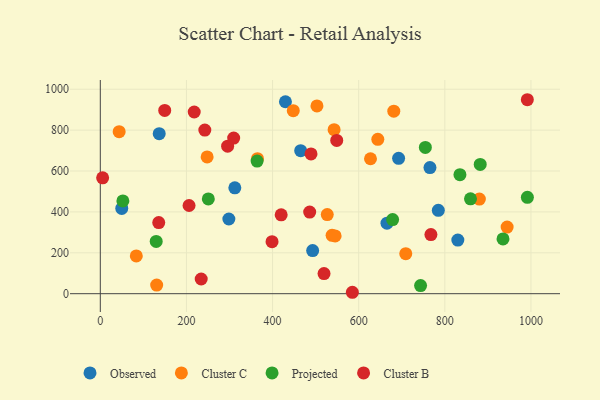
{"axis": {"x": "Ad Spend", "y": "Profit"}, "legend": ["Cluster B", "Cluster C", "Observed", "Projected"], "data": [{"x": "692.7", "y": 662.2, "type": "Observed"}, {"x": "465.3", "y": 699.3, "type": "Observed"}, {"x": "830.2", "y": 262.1, "type": "Observed"}, {"x": "312.4", "y": 517.9, "type": "Observed"}, {"x": "298.5", "y": 365.3, "type": "Observed"}, {"x": "49.8", "y": 417.0, "type": "Observed"}, {"x": "429.9", "y": 938.8, "type": "Observed"}, {"x": "136.8", "y": 782.7, "type": "Observed"}, {"x": "765.5", "y": 616.6, "type": "Observed"}, {"x": "784.9", "y": 407.9, "type": "Observed"}, {"x": "665.7", "y": 344.9, "type": "Observed"}, {"x": "493.1", "y": 210.9, "type": "Observed"}, {"x": "681.5", "y": 892.7, "type": "Cluster C"}, {"x": "527.0", "y": 386.8, "type": "Cluster C"}, {"x": "83.6", "y": 184.8, "type": "Cluster C"}, {"x": "644.4", "y": 755.0, "type": "Cluster C"}, {"x": "538.2", "y": 285.3, "type": "Cluster C"}, {"x": "43.8", "y": 792.3, "type": "Cluster C"}, {"x": "542.9", "y": 802.0, "type": "Cluster C"}, {"x": "545.3", "y": 282.4, "type": "Cluster C"}, {"x": "130.9", "y": 42.0, "type": "Cluster C"}, {"x": "503.1", "y": 918.4, "type": "Cluster C"}, {"x": "709.3", "y": 195.5, "type": "Cluster C"}, {"x": "880.2", "y": 463.0, "type": "Cluster C"}, {"x": "944.7", "y": 325.7, "type": "Cluster C"}, {"x": "448.1", "y": 895.1, "type": "Cluster C"}, {"x": "627.4", "y": 660.0, "type": "Cluster C"}, {"x": "248.1", "y": 668.7, "type": "Cluster C"}, {"x": "365.0", "y": 660.3, "type": "Cluster C"}, {"x": "935.1", "y": 267.9, "type": "Projected"}, {"x": "859.6", "y": 464.0, "type": "Projected"}, {"x": "678.8", "y": 362.4, "type": "Projected"}, {"x": "129.8", "y": 255.8, "type": "Projected"}, {"x": "743.7", "y": 39.6, "type": "Projected"}, {"x": "364.1", "y": 648.6, "type": "Projected"}, {"x": "991.7", "y": 471.1, "type": "Projected"}, {"x": "52.4", "y": 453.8, "type": "Projected"}, {"x": "754.8", "y": 715.2, "type": "Projected"}, {"x": "250.8", "y": 463.3, "type": "Projected"}, {"x": "835.1", "y": 582.2, "type": "Projected"}, {"x": "882.2", "y": 632.4, "type": "Projected"}, {"x": "767.7", "y": 288.9, "type": "Cluster B"}, {"x": "149.6", "y": 896.3, "type": "Cluster B"}, {"x": "309.7", "y": 760.9, "type": "Cluster B"}, {"x": "5.4", "y": 566.9, "type": "Cluster B"}, {"x": "242.7", "y": 800.4, "type": "Cluster B"}, {"x": "585.3", "y": 6.9, "type": "Cluster B"}, {"x": "991.6", "y": 948.7, "type": "Cluster B"}, {"x": "486.2", "y": 399.2, "type": "Cluster B"}, {"x": "206.1", "y": 431.4, "type": "Cluster B"}, {"x": "489.3", "y": 683.8, "type": "Cluster B"}, {"x": "519.5", "y": 98.2, "type": "Cluster B"}, {"x": "549.0", "y": 749.8, "type": "Cluster B"}, {"x": "420.0", "y": 385.5, "type": "Cluster B"}, {"x": "398.8", "y": 254.3, "type": "Cluster B"}, {"x": "295.7", "y": 721.3, "type": "Cluster B"}, {"x": "218.1", "y": 888.6, "type": "Cluster B"}, {"x": "234.3", "y": 71.8, "type": "Cluster B"}, {"x": "135.7", "y": 347.8, "type": "Cluster B"}]}